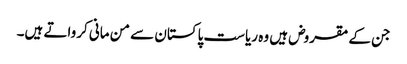
جن کے مقروض ہیں وہ ریاست پاکستان سے من مانی کرواتے ہیں۔